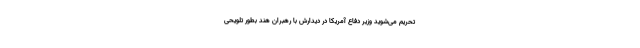
تحریم می‌شوید وزیر دفاع آمریکا در دیدارش با رهبران هند بطور تلویحی